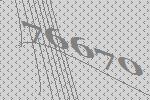
76670